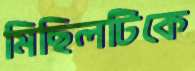
মিছিলটিকে